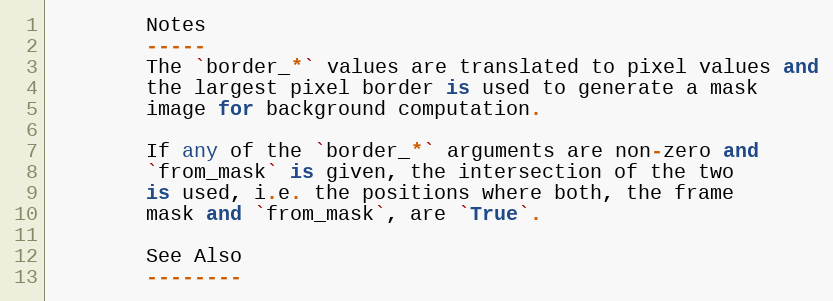
Language: Python
        Notes
        -----
        The `border_*` values are translated to pixel values and
        the largest pixel border is used to generate a mask
        image for background computation.

        If any of the `border_*` arguments are non-zero and
        `from_mask` is given, the intersection of the two
        is used, i.e. the positions where both, the frame
        mask and `from_mask`, are `True`.

        See Also
        --------